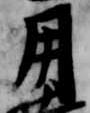
用